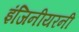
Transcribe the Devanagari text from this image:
इंजिनीयरनी